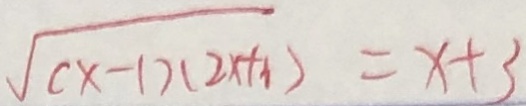
\sqrt { ( x - 1 ) ( 2 x + h ) } = x + 3